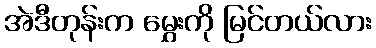
အဲဒီတုန်းက မွှေးကို မြင်တယ်လား